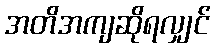
အတိအကျဆိုရလျှင်